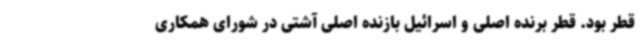
قطر بود. قطر برنده اصلی و اسرائیل بازنده اصلی آشتی در شورای همکاری